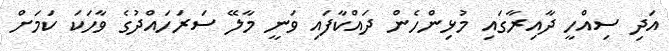
އަދި ސިއްހީ ދާއިރާގައި މުޅިންހެން ދައްކާފައި ވަނީ މާލޭ ސަރަހައްދުގެ ވާހަކަ ކަމަށް